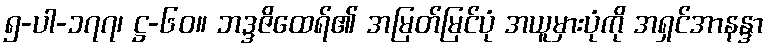
၅-ပါ-၁၇၇၊ ဋ္ဌ-၆၀။ ဘဒ္ဒဇိထေရ်၏ အမြတ်မြင်ပုံ အယူမှားပုံကို အရှင်အာနန္ဒာ